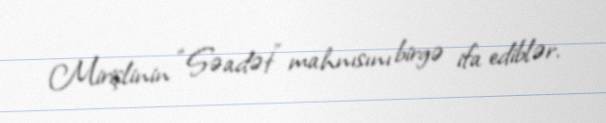
Mirişlinin “Səadət” mahnısını birgə ifa ediblər.